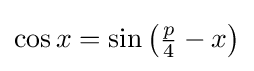
{\textstyle \cos {x}=\sin \left({\frac {p}{4}}-x\right)}